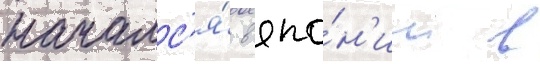
началс'я́ в япо́н'ии в